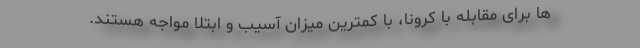
ها برای مقابله با کرونا، با کمترین میزان آسیب و ابتلا مواجه هستند.